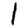
Digit: 1